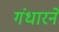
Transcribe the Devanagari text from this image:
गंधारने